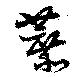
蔗